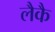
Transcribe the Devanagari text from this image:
लैकै